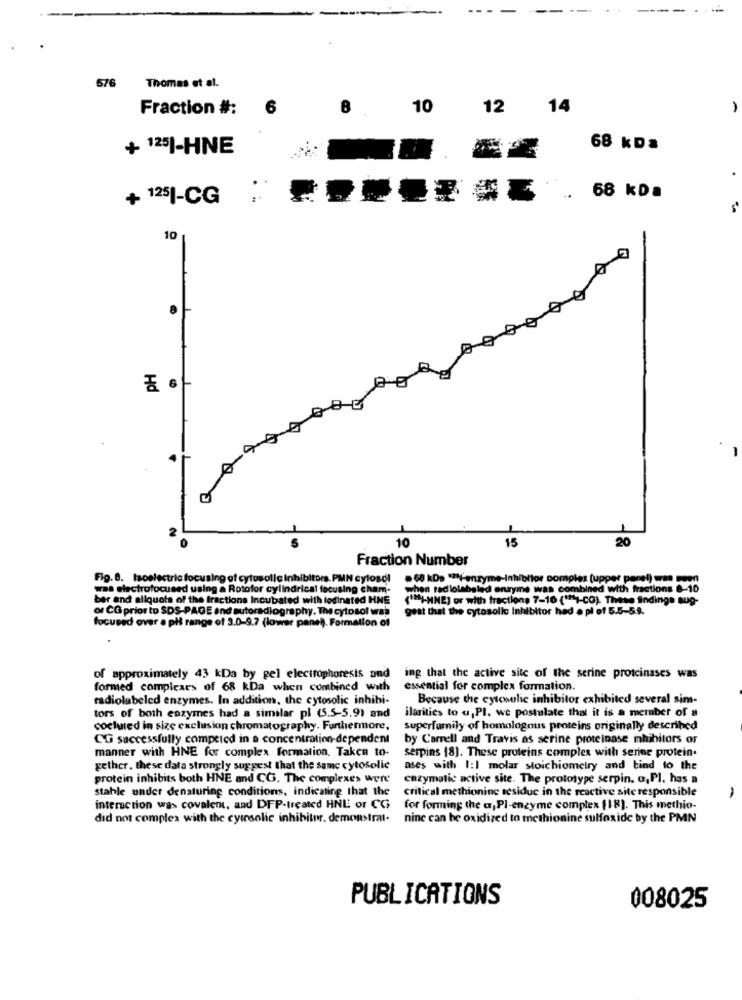
-
-
676
Thomas et al.
Fraction #:
6
10
12
14
1
+ 125|-HNE
68 kDa
.
+ 1251-CG
. 68 kDa
10
.
-1
15
20
10
Fraction Number
Fig. 8. Isoelectric focusing of cytosollc inhibitors. PMN cylosdl
.68 kDs ** enzyme-Inhibitor complex (upper panel) was
was electrofocused using a Rotofor cylindrical focusing cham-
when radiolabeled enzyme was combined with fractions 8-10
ber and allquots of the fractions Incubated with lodinated HNE
(FI-MNE) or with fractions 7-10 ( ** 1-CG). These findings sup-
or CG prior to SDS-PAGE and autoradiography. The cytosol was
gest that the cytosolle Inhibitor had a pl of 5.5-5.9.
focused over . pl range of 3.0-9.7 (lower panel). Formation of
of approximately 43 kDa by pel electrophoresis and
ing that the active site of the serine protcinases was
formed complexes of 68 kDa when combined with
essential for complex formation.
radiolabeled enzymes. In addition, the cytosolic inhibi-
Because the cytosolic inhibitor exhibited several sims-
tors of both enzymes had a similar pl (5.5-5.9) and
ilarities to u,PI. we postulate that it is a member of a
cocluted in size exclusion chromatography. Furthermore,
superfamily of homologous proteins originally described
CG successfully competed in a concentration-dependent
by Carrell and Travis as serine proteinase inhibitors or
manner with HNE for complex formation. Taken to-
serpins (8). These proteins complex with serine protein.
gether. these data strongly suggest that the same cytosolic
ases with 1:1 molar stoichiometry and bind to the
protein inhibits both HNE and CG. The complexes were
enzymatic active site. The prototype serpin. o,PI, has a
stable under denaturing conditions, indicating that the
critical methionine sesidue in the reactive site responsible
-
interaction was covalent, and DFP-treated HNE or CG
for forming the a,PI-enzyme complex [18]. This methio-
did not comples with the cytesolie inhibitor. demonstrat-
nine can be oxidized to methionine sulfoxide by the PMN
PUBLICATIONS
008025